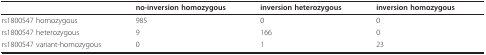
<table><thead><tr><td></td><td><b>no-inversion homozygous</b></td><td><b>inversion heterozygous</b></td><td><b>inversion homozygous</b></td></tr></thead><tbody><tr><td>rs1800547 homozygous</td><td>985</td><td>0</td><td>0</td></tr><tr><td>rs1800547 heterozygous</td><td>9</td><td>166</td><td>0</td></tr><tr><td>rs1800547 variant-homozygous</td><td>0</td><td>1</td><td>23</td></tr></tbody></table>